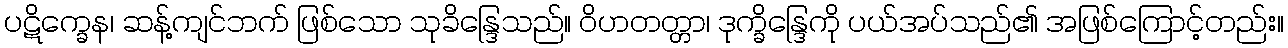
ပဋိက္ခေန၊ ဆန့်ကျင်ဘက် ဖြစ်သော သုခိန္ဒြေသည်။ ဝိဟတတ္တာ၊ ဒုက္ခိန္ဒြေကို ပယ်အပ်သည်၏ အဖြစ်ကြောင့်တည်း။